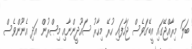
ބަލަ މިރާއްޖޭގައި އީބޭގަވެސް ޖަހާފައި ހުރޭ މިހާރު ސައޫދީންނާއި މިޞްރުން އަދި އެނޫންވެސް